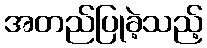
အတည်ပြုခဲ့သည့်